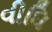
વીધિ